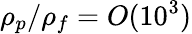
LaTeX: \rho_{p}/\rho_{f}=O(10^{3})